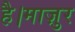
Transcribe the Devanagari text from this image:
है।माज़ुर